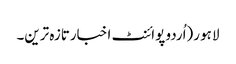
لاہو ر(اُردو پوائنٹ اخبارتازہ ترین۔